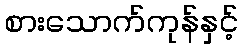
စားသောက်ကုန်နှင့်